Indian journal of veterinary science and animal husbandry - Volume 2,
Year: 1932
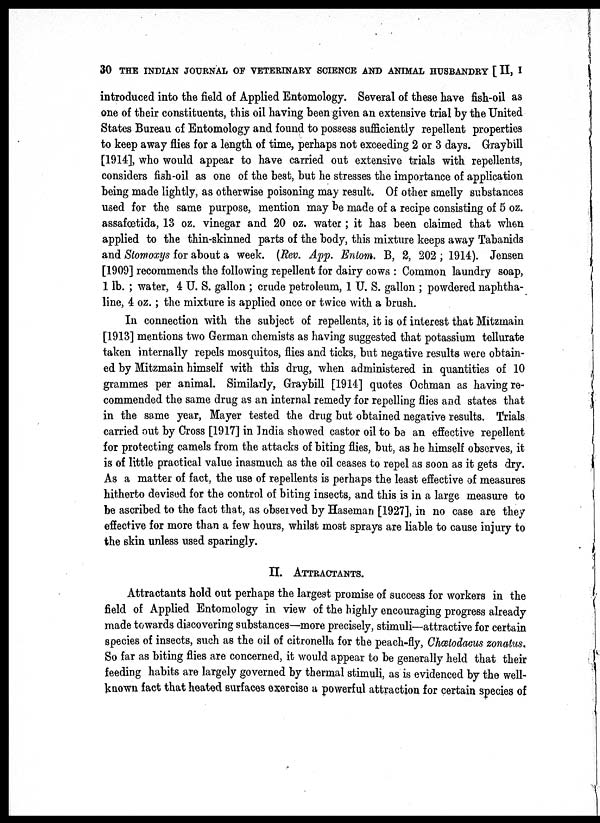
30 THE INDIAN JOURNAL OF VETERINARY SCIENCE AND ANIMAL HUSBANDRY [ II, I
introduced into the field of Applied Entomology. Several of these have fish-oil as
one of their constituents, this oil having been given an extensive trial by the United
States Bureau of Entomology and found to possess sufficiently repellent properties
to keep away flies for a length of time, perhaps not exceeding 2 or 3 days. Graybill
[1914], who would appear to have carried out extensive trials with repellents,
considers fish-oil as one of the best, but he stresses the importance of application
being made lightly, as otherwise poisoning may result. Of other smelly substances
used for the same purpose, mention may be made of a recipe consisting of 5 oz.
assafœtida, 13 oz. vinegar and 20 oz. water ; it has been claimed that when
applied to the thin-skinned parts of the body, this mixture keeps away Tabanids
and Stomoxys for about a week. (Rev. App. Entom. B, 2, 202; 1914). Jensen
[1909] recommends the following repellent for dairy cows : Common laundry soap,
1 lb. ; water, 4 U. S. gallon ; crude petroleum, 1 U. S. gallon ; powdered naphtha-
line, 4 oz.; the mixture is applied once or twice with a brush.
In connection with the subject of repellents, it is of interest that Mitzmain
[1913] mentions two German chemists as having suggested that potassium tellurate
taken internally repels mosquitos, flies and ticks, but negative results were obtain-
ed by Mitzmain himself with this drug, when administered in quantities of 10
grammes per animal. Similarly, Graybill [1914] quotes Ochman as having re-
commended the same drug as an internal remedy for repelling flies and states that
in the same year, Mayer tested the drug but obtained negative results. Trials
carried out by Cross [1917] in India showed castor oil to be an effective repellent
for protecting camels from the attacks of biting flies, but, as he himself observes, it
is of little practical value inasmuch as the oil ceases to repel as soon as it gets dry.
As a matter of fact, the use of repellents is perhaps the least effective of measures
hitherto devised for the control of biting insects, and this is in a large measure to
be ascribed to the fact that, as observed by Haseman [1927], in no case are they
effective for more than a few hours, whilst most sprays are liable to cause injury to
the skin unless used sparingly.
II. ATTRACTANTS.
Attractants hold out perhaps the largest promise of success for workers in the
field of Applied Entomology in view of the highly encouraging progress already
made towards discovering substances—more precisely, stimuli—attractive for certain
species of insects, such as the oil of citronella for the peach-fly, Chælodacus zonatus.
So far as biting flies are concerned, it would appear to be generally held that their
feeding habits are largely governed by thermal stimuli, as is evidenced by the well-
known fact that heated surfaces exercise a powerful attraction for certain species of